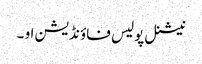
نیشنل پولیس فاؤنڈیشن او ۔